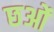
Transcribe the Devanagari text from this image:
छओं